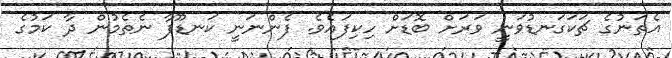
އެތަނުގެ ޗަކަގަނޑުވަނީ ވަރަށް ބޮޑަށް ހިކިފައެވެ. ފެންނަނީ ކަނޑޫފާ ނެތެމުން ދާ ކަމުގެ